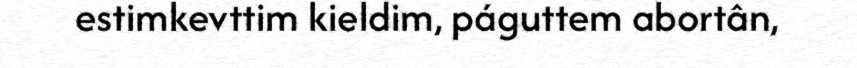
estimkevttim kieldim, páguttem abortân,